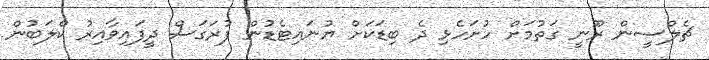
ޗެލްސީން ރޫނީ ގަތުމަށް ހުށަހެޅި ދެ ބިޑަކަށް ޔުނައިޓެޑުން ފުރަގަސް ދީފައިވާއިރު ކްލަބުން